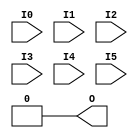
module LUT6_6(output O, input I0, I1, I2, I3, I4, I5);
  parameter [63:0] INIT = 0;
  wire [31: 0] s5 = I5 ? INIT[63:32] : INIT[31: 0];
  wire [15: 0] s4 = I4 ?   s5[31:16] :   s5[15: 0];
  wire [ 7: 0] s3 = I3 ?   s4[15: 8] :   s4[ 7: 0];
  wire [ 3: 0] s2 = I2 ?   s3[ 7: 4] :   s3[ 3: 0];
  wire [ 1: 0] s1 = I1 ?   s2[ 3: 2] :   s2[ 1: 0];
  assign O = I0 ? s1[1] : s1[0];
endmodule